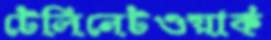
টেলিনেটওয়ার্ক